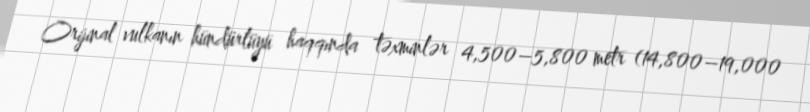
Orijinal vulkanın hündürlüyü haqqında təxminlər 4,500–5,800 metr (14,800–19,000